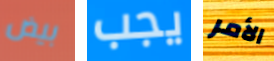
بيض يجب الأمر